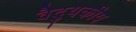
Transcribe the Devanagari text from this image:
वैद्युकीय